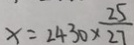
x = 2 4 3 0 \times \frac { 2 5 } { 2 7 }